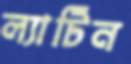
ল্যাটিন